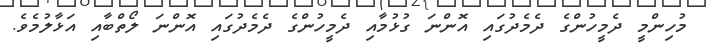
މުހިންމީ ދެމީހުންގެ ދެމެދުގައި އޮންނަ ގުޅުމާއި ދެމީހުންގެ ދެމެދުގައި އޮންނަ ލޯތްބާއި އަޅާލުމެވެ.